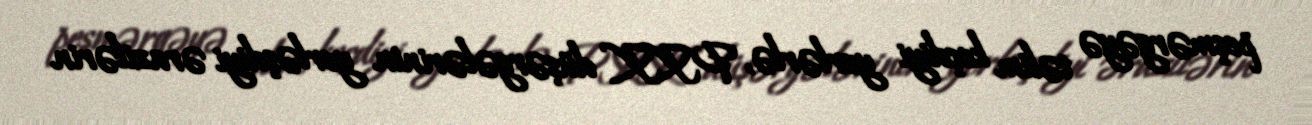
peşmərgəyə təlim keçdiyi yerlərlə, PKK düşərgələrinin yerləşdiyi ərazilərin